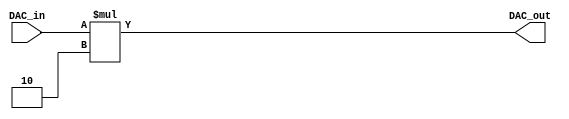
module DAC #(
    parameter Data_width_DAC=5,
    parameter DAC_constant=2
)(
    input [Data_width_DAC-1: 0] DAC_in,
    output [Data_width_DAC : 0] DAC_out 
);

assign DAC_out=DAC_in * DAC_constant;
endmodule